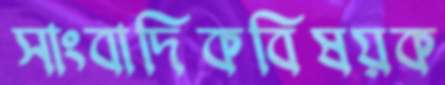
সাংবাদিকবিষয়ক